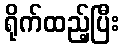
ရိုက်ထည့်ပြီး